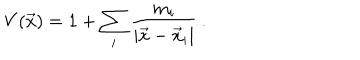
V ( \vec { x } ) = 1 + \sum _ { i } \frac { m _ { i } } { | \vec { x } - \vec { x } _ { i } | } \, .